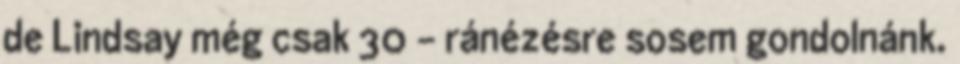
de Lindsay még csak 30 - ránézésre sosem gondolnánk.